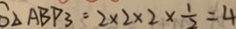
S _ { \Delta } A B P _ { 3 } = 2 \times 2 \times 2 \times \frac { 1 } { 2 } = 4